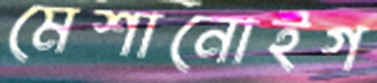
মেশানোইগ